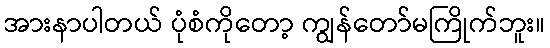
အားနာပါတယ် ပုံစံကိုတော့ ကျွန်တော်မကြိုက်ဘူး။